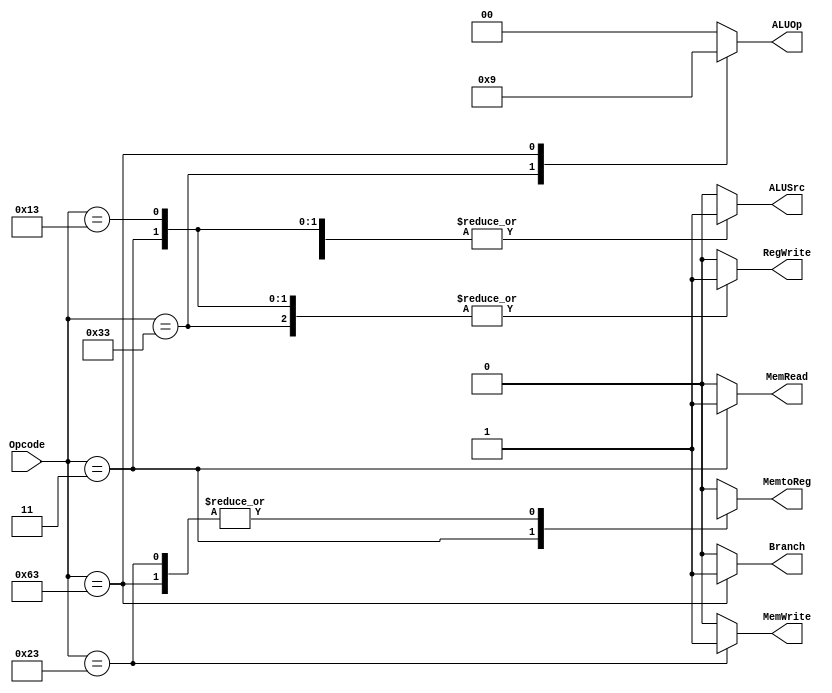
module Control_Unit(
  input [6:0] Opcode,
  output reg [1:0] ALUOp = 2'b00,
  output reg Branch = 1'b0, 
  output reg MemRead = 1'b0,
  output reg MemtoReg = 1'b0, 
  output reg MemWrite = 1'b0,
  output reg ALUSrc = 1'b0,
  output reg RegWrite = 1'b0
);
  
  always @*
    begin
      case (Opcode)
        7'b0110011: //R-type
          begin 
            ALUOp = 2'b10;
            Branch = 1'b0;
            MemRead = 1'b0;
            MemtoReg = 1'b0;
            MemWrite = 1'b0;
            ALUSrc = 1'b0;
            RegWrite = 1'b1;
          end
        7'b0000011: //I-type (ld)
          begin
            ALUOp = 2'b00;
            Branch = 1'b0;
            MemRead = 1'b1;
            MemtoReg = 1'b1;
            MemWrite = 1'b0;
            ALUSrc = 1'b1;
            RegWrite = 1'b1;
          end
        7'b0100011: //sd
          begin
            ALUOp = 2'b00;
            Branch = 1'b0;
            MemRead = 1'b0;
            MemtoReg = 1'bx;
            MemWrite = 1'b1;
            ALUSrc = 1'b1;
            RegWrite = 1'b0;
          end
        7'b1100011: //SB-type(beq)
          begin
            ALUOp = 2'b01;
            Branch = 1'b1;
            MemRead = 1'b0;
            MemtoReg = 1'bx;
            MemWrite = 1'b0;
            ALUSrc = 1'b0;
            RegWrite = 1'b0;
          end  
        7'b0010011: //I-type(addi)
          begin
            ALUOp = 2'b00;
            Branch = 1'b0;
            MemRead = 1'b0;
            MemtoReg = 1'b0;
            MemWrite = 1'b0;
            ALUSrc = 1'b1;
            RegWrite = 1'b1;
          end
        default:
          begin
            ALUOp = 2'b00;
            Branch = 1'b0;
            MemRead = 1'b0;
            MemtoReg = 1'b0;
            MemWrite = 1'b0;
            ALUSrc = 1'b0;
            RegWrite = 1'b0;
          end
      endcase
    end
  
endmodule